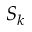
S _ { k }